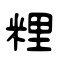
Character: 粴